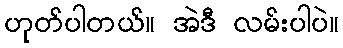
ဟုတ်ပါတယ်။ အဲဒီ လမ်းပါပဲ။